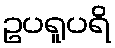
ဥပရူပရိ